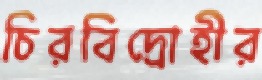
চিরবিদ্রোহীর